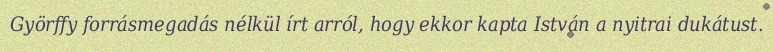
Györffy forrásmegadás nélkül írt arról, hogy ekkor kapta István a nyitrai dukátust.